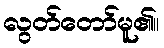
လွတ်တော်မူ၏။